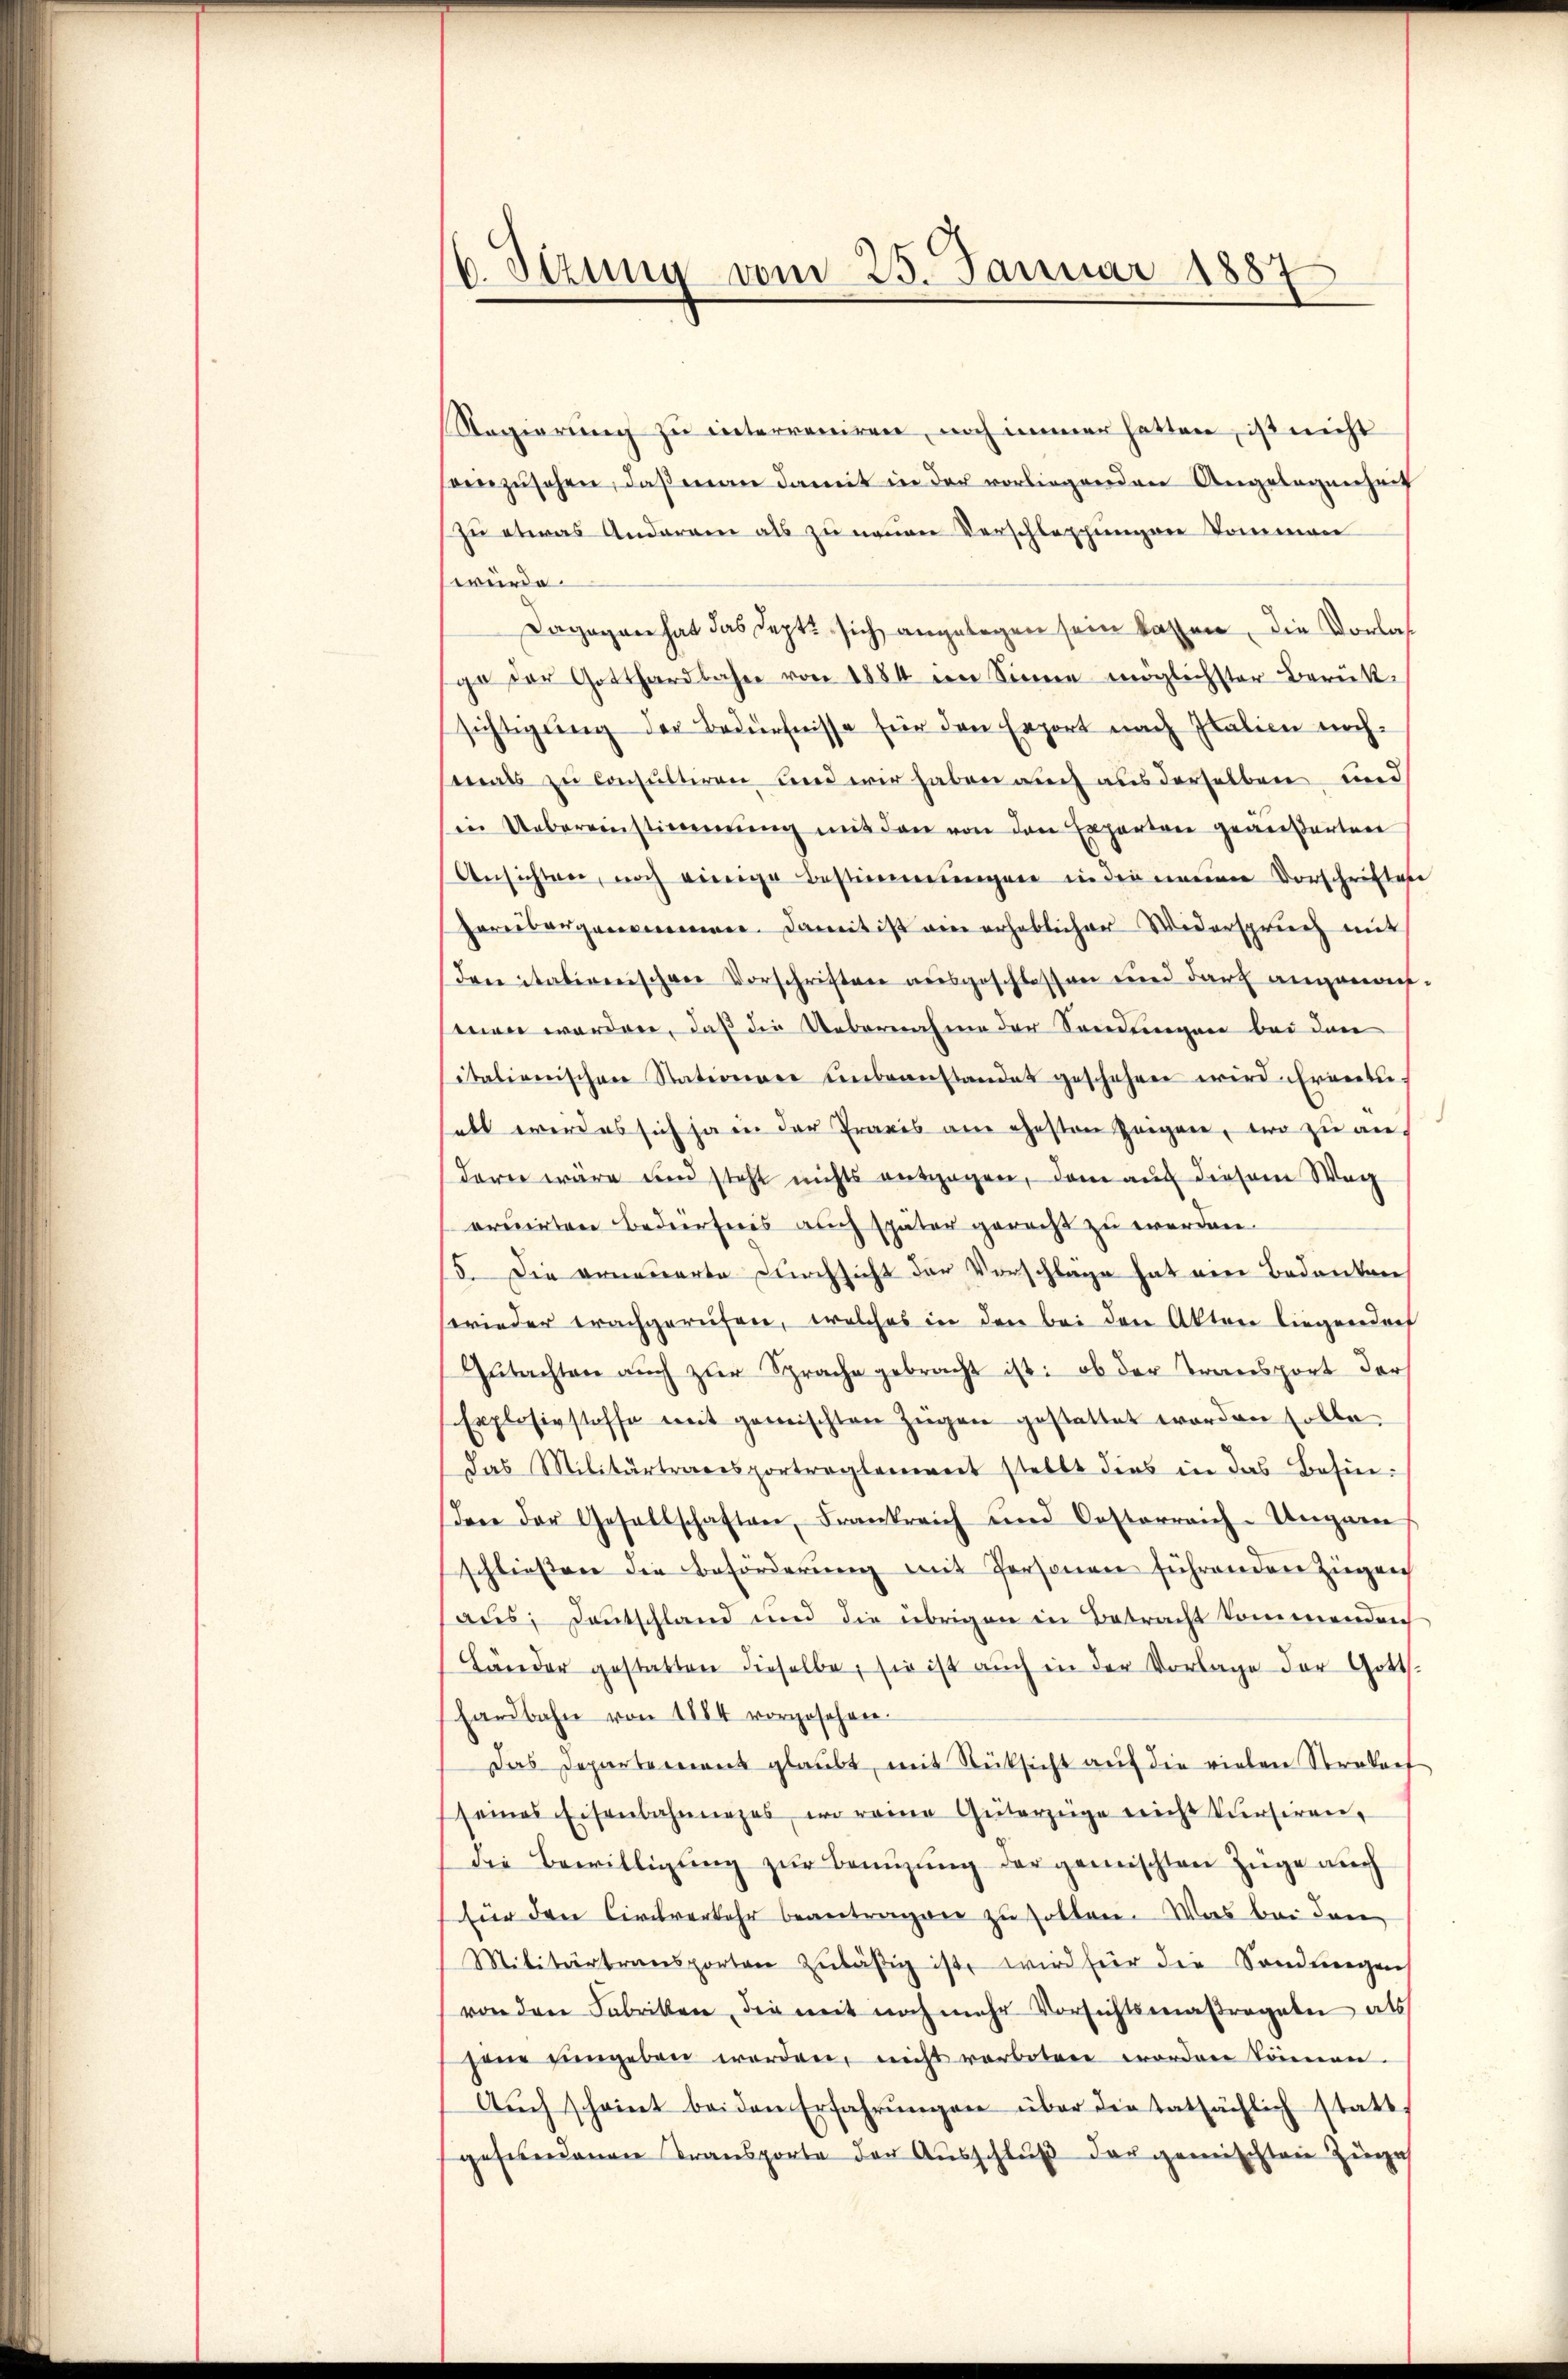
6. Sizung vom 25. Januar 1887

Regierung zu interreniren, noch immer hatten, ist nicht
einzusehen, daß man damit in der vorliegenden Angelegenheit
zu etwas Anderen als zu neuen Verschleppungen kommen
würde.
Dagegen hat das Sept. sich angelegen sein kassen, die Vorlas
ga der Gotthardbahn von 1884 im Sinne möglichster Berük-
sichtigung der Bedürfnisse für den Export nach Italien nach-
mals zu consultiren und wir haben auch aus derselben und
in Uebereinstimmung mit den von den Experten geäußerten
Ansichten, noch einige Bestimmungen in die neuen Vorschriften
Herübergenommen. Damit ist ain erheblicher Widerspruch mit
denitationischen Vorschriften ausgeschlossen und darf angenomsmen worden, daß die Uebernahme der Sendungen bei den
italienischen Stationaer ŭnbeanstandet geschehen wird erweitehabt wird es sich ja in der Praxis am gesten zeigen, wo zu andern wäre und steht nichts ausgegen, dem auch diesem Weg
oruirten Bedürfnis auch später gerecht zu werden.
15. Die erneuerte Durchsicht der Vorschläge hat ein Bedenken
wieder erachgerufen, welches in den bei den Akten liegenden
Gŭtachten aŭch zŭr Sprache gebracht ist: ob der Transport der
Explosivstoffe mit gemischten Zügen gestattet worden solle,
das Militärtransportreglement stellt dies in das Besin-
dene der Gesellschaften, Frankreich und Oesterreich-Ungarn
schließen die Beförderŭng mit Personen führenden Ziegen
aus; Deutschland und die übrigen in Betracht kommenden
Länder gestatten dieselbe, sie ist aŭch in der Vorlage der Gotts-
hardbahn von 1884 vorgesehen.
Das Departement glaŭbt, mit Rücksicht aŭf die vielen Strekarf
seines Eisenbahnnages, wo reine Güterzeige nicht kursiren,
die Bewilligŭng zŭr Benuzung der gemischten Züge auch
für den Civilverkehr beantragen zu sollen. Was bei den
Militärtransportan zŭläβig ist, wird für die Sonderegen
von den Fabriken, die mit noch mehr Vorsichtsmaßregeln als
sene eingeben worden, nicht verboten worden können.
Aŭch scheint beiden Erfahrŭngen über die tatsächlich statt,
gesundenen Transporte der Ausschluß der gemischten Zugeh